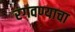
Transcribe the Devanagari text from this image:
रंगवण्याचा